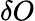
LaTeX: \delta O